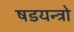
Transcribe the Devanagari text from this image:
षडयन्त्रो